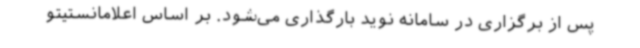
پس از برگزاری در سامانه نوید بارگذاری می‌شود. بر اساس اعلامانستیتو